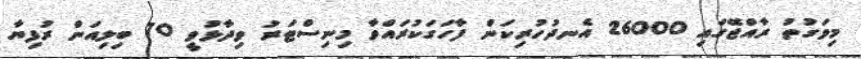
މިވަގުތު ރާއްޖޭގައި 26000 އެނދުހުރިކަން ފާހަގަކުރައްވާ މިނިސްޓަރު ވިދާޅުވީ 70 ބިލިއަން ރުފިޔާ